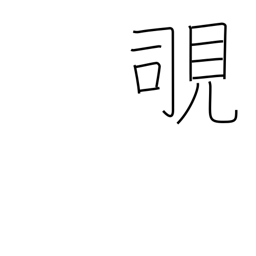
Meaning: peek